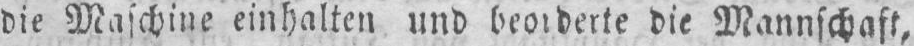
die Mannschaft,